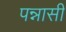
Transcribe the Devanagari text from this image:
पन्नासी